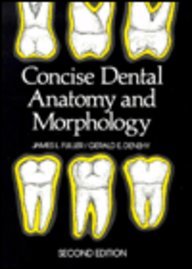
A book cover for Concise Dental Anatomy and Morphology; James L. Fuller; Medical Books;